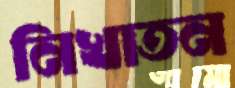
নিখাতন